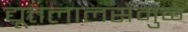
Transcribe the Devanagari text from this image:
द्यूतलालसेमुळे